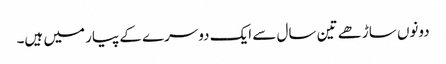
دونوں ساڑھے تین سال سے ایک دوسرے کے پیار میں ہیں۔